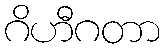
ဂိဟီဂတာ